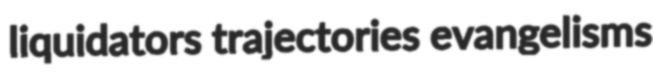
liquidators trajectories evangelisms